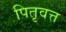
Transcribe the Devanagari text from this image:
पितृवत्त